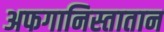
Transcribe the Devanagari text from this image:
अफगानिस्तातान